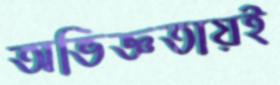
অভিজ্ঞতায়ই